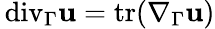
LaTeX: {\mathop{\, \mathrm{div}}}_{\Gamma}\mathbf u=\mathrm{tr}(\nabla_{\Gamma}\mathbf u)